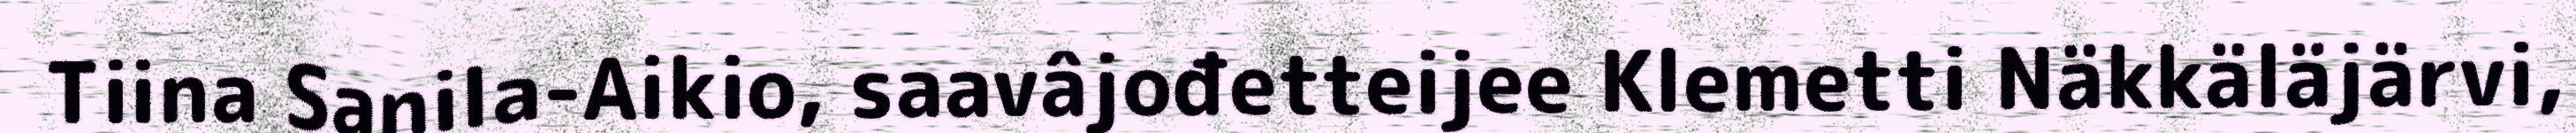
Tiina Sanila-Aikio, saavâjođetteijee Klemetti Näkkäläjärvi,